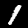
Label: 1